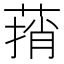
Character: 𰱬